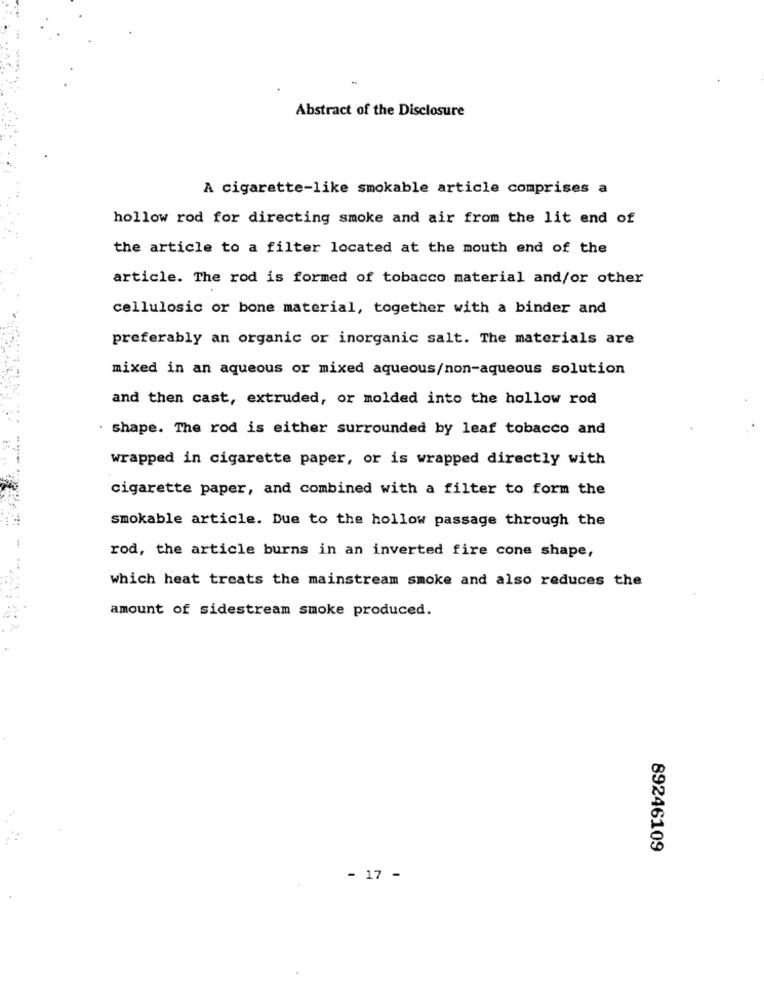
Abstract of the Disclosure
A cigarette-like smokable article comprises a
hollow rod for directing smoke and air from the lit end of
the article to a filter located at the mouth end of the
article. The rod is formed of tobacco material and/or other
cellulosic or bone material, together with a binder and
preferably an organic or inorganic salt. The materials are
mixed in an aqueous or mixed aqueous/non-aqueous solution
and then cast, extruded, or molded into the hollow rod
shape. The rod is either surrounded by leaf tobacco and
wrapped in cigarette paper, or is wrapped directly with
cigarette paper, and combined with a filter to form the
smokable article. Due to the hollow passage through the
rod, the article burns in an inverted fire cone shape,
which heat treats the mainstream smoke and also reduces the
amount of sidestream smoke produced.
89246109
- 17 -